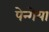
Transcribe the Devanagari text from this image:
पेन्गेया